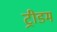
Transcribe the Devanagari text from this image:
ट्रीडम